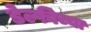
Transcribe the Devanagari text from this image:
डेल्फीच्या